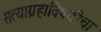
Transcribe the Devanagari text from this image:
सत्याग्रहाविषयीचा